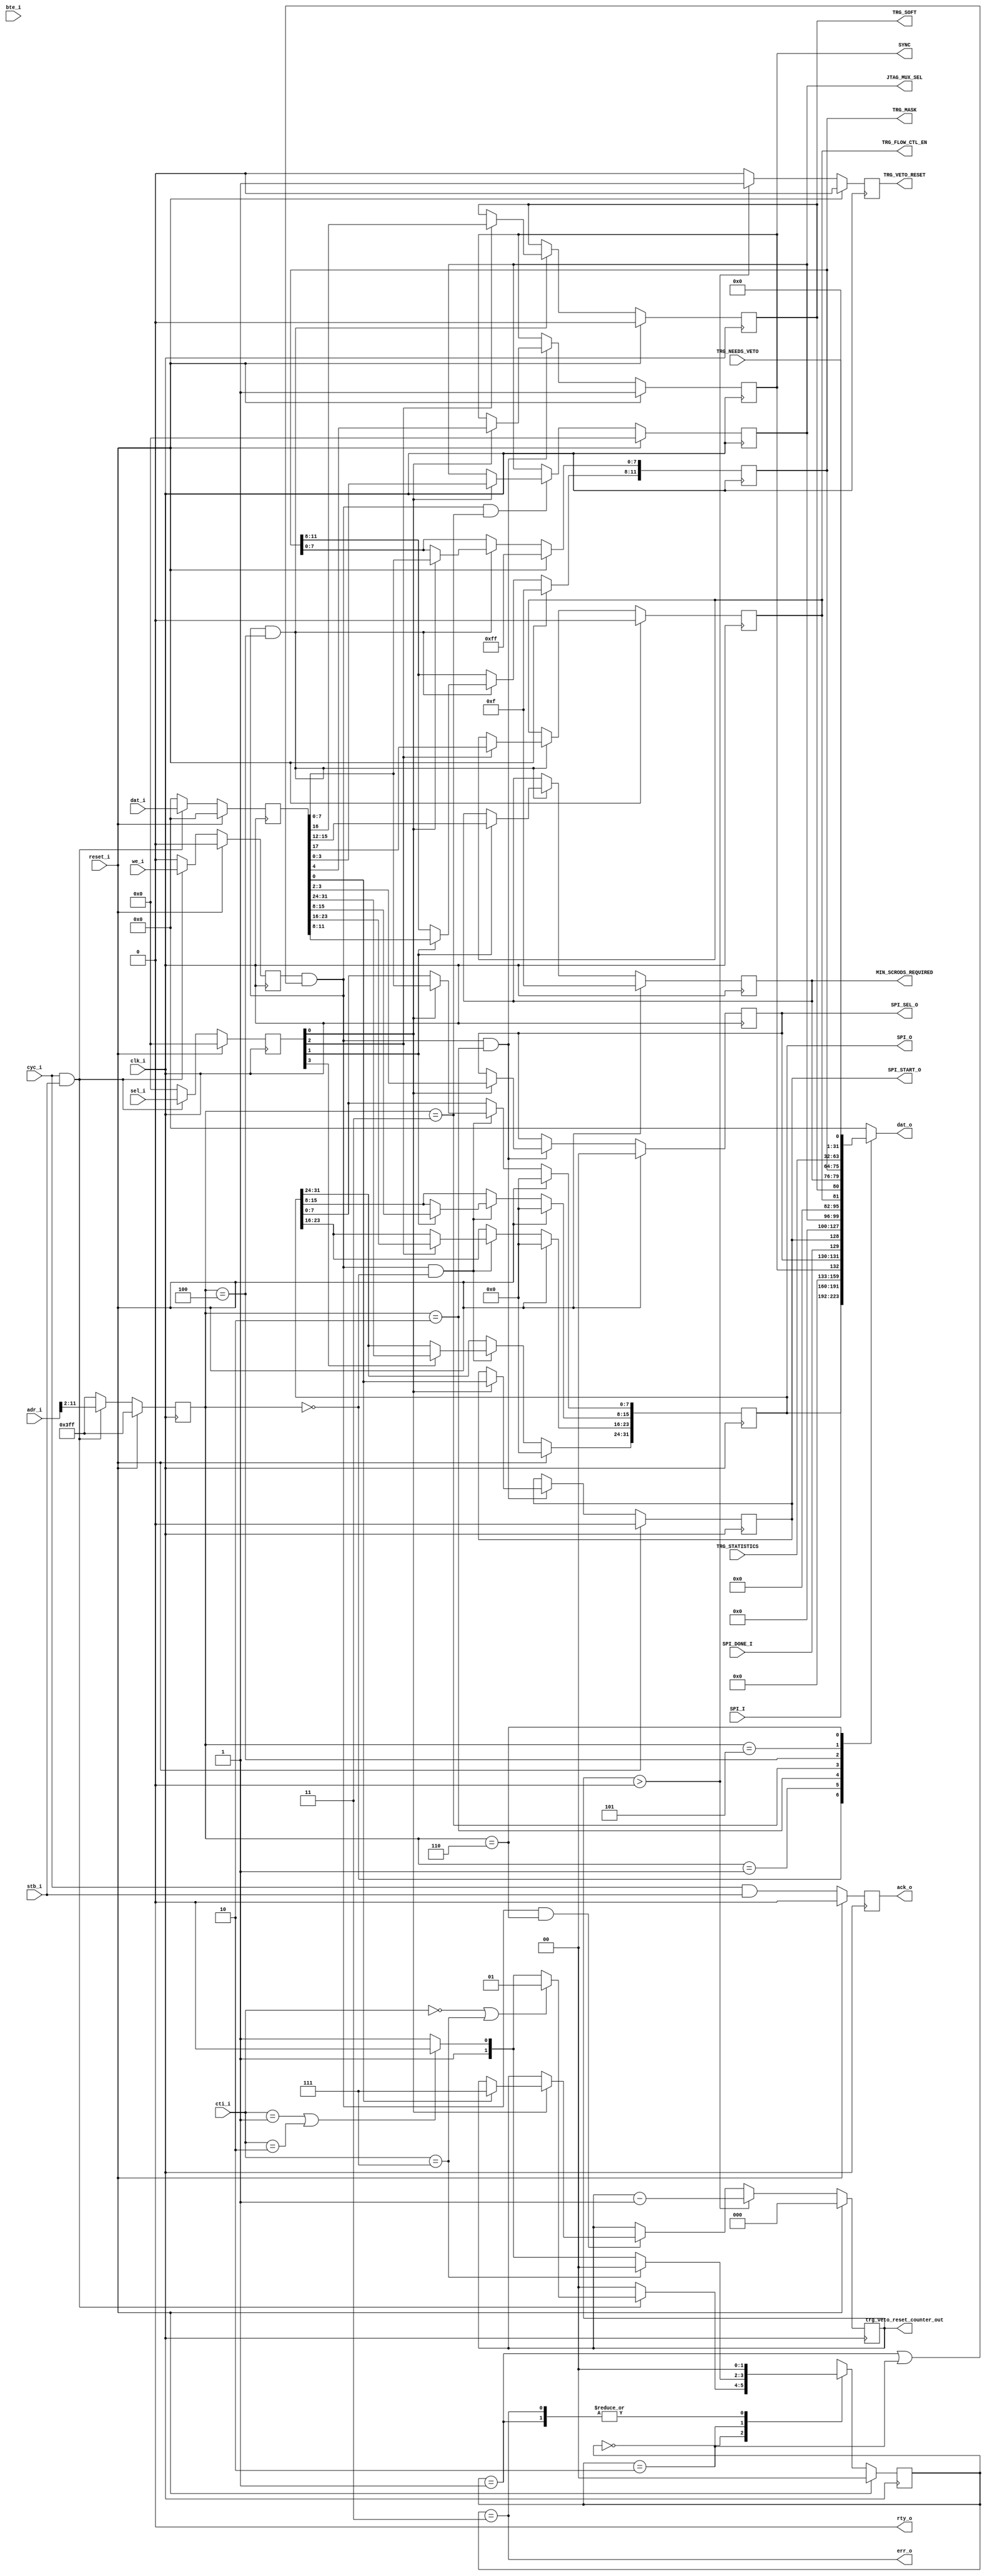
module WISHBONE_SLAVE(
	input clk_i,
	input reset_i,
	//wb master interface
	input cyc_i,
	input stb_i,
	output err_o,
	output rty_o,
	output ack_o,
	input [31:0] dat_i,
	output [31:0] dat_o,
	input [31:0] adr_i,
	input [2:0] cti_i,
	input [1:0] bte_i,
	input we_i,
	input[3:0] sel_i,
	//SPI_CTL
	input [31:0] SPI_I,
	output [31:0] SPI_O,
	input SPI_DONE_I,
	output SPI_START_O,
	output [1:0] SPI_SEL_O,
	
	//CLOCK sync
	output SYNC,
	
	//JTAG_MUX
	output [3:0] JTAG_MUX_SEL,
	
	//TRIG
	output [11:0] TRG_MASK,
	output [3:0] MIN_SCRODS_REQUIRED,
	input [31:0] TRG_STATISTICS,
	output TRG_SOFT,
	
	//Trigger veto
	input TRG_NEEDS_VETO,
	output TRG_FLOW_CTL_EN,
	output TRG_VETO_RESET,
//	output [19:0] trg_veto_reset_counter_out
	output [2:0] trg_veto_reset_counter_out
);

`define RECEIVER_FSM_BITS 2
reg [`RECEIVER_FSM_BITS-1:0] state;
parameter IDLE=`RECEIVER_FSM_BITS'h0,
REQ_SINGLE_RECEIVED=`RECEIVER_FSM_BITS'h1,
REQ_BURST_RECEIVED=`RECEIVER_FSM_BITS'h2,
REQ_ERROR=`RECEIVER_FSM_BITS'h3;

reg ack_reg;
reg [31:0] dat_o_reg;
reg [31:0] dat_i_reg;
reg [9:0] adr_i_reg;
reg [2:0] cti_i_reg;
reg [1:0] bte_i_reg;
reg we_i_reg;
reg [3:0] sel_i_reg;
assign dat_o=dat_o_reg;
assign ack_o=ack_reg;
assign err_o=(state==REQ_ERROR);
assign rty_o=1'b0;


//PCI registers
//SPI
reg [31:0] spi_o_reg;
reg spi_start;
reg [1:0] spi_sel_reg;

assign SPI_O=spi_o_reg;
assign SPI_SEL_O = spi_sel_reg;
assign SPI_START_O = spi_start;

//SYNC
reg sync_reg;
assign SYNC = sync_reg; 

//JTAG
reg [3:0] jtag_mux_reg;

assign JTAG_MUX_SEL = jtag_mux_reg;


//TRG and ACK

reg [11:0] trg_mask_reg;
assign TRG_MASK = trg_mask_reg;

reg [3:0] min_scrod_required_reg;
assign MIN_SCRODS_REQUIRED = min_scrod_required_reg;

reg trg_soft_reg;
assign TRG_SOFT = trg_soft_reg;

initial begin
	trg_mask_reg = 'hFFF;
	min_scrod_required_reg = 15;
	trg_soft_reg = 0;
end


//veto 
reg trg_flow_ctl_en_reg;
assign TRG_FLOW_CTL_EN = trg_flow_ctl_en_reg;
reg trg_veto_reset_reg;
assign TRG_VETO_RESET = trg_veto_reset_reg;

reg [2:0] trg_veto_reset_counter;
//reg [19:0] trg_veto_reset_counter; //LM: this is now doing double duty to wait for ~10ms before realeasing the veto. max count=2^20*1000/66 ns= ~15.88ms
											  //10ms are 660,000 counts.

initial begin
	trg_flow_ctl_en_reg = 0;
	trg_veto_reset_reg = 0;
	trg_veto_reset_counter = 0;
end

always@(posedge clk_i) begin
	if(reset_i)
		state<=IDLE;
	else begin
		case(state)
			IDLE: begin
			if(cyc_i==1'b1 && stb_i==1'b1) begin
				if(cti_i==3'b000 || cti_i==3'b111) state<=REQ_SINGLE_RECEIVED;
				else if(cti_i==3'b001 || cti_i==3'b010) state<=REQ_BURST_RECEIVED;
				else state<=REQ_ERROR;
			end else state<=IDLE;
			end
			REQ_SINGLE_RECEIVED: state<=IDLE;
			REQ_BURST_RECEIVED: begin
				if(cti_i==3'b111) state<=IDLE;
				else if(cti_i==3'b001 || cti_i==3'b010) state<=REQ_BURST_RECEIVED;
				else state<=REQ_ERROR;
			end
			REQ_ERROR: state<=IDLE;
		endcase
	end
end

always@(posedge clk_i) begin
	if(reset_i) begin
		dat_i_reg<=32'b0;
		adr_i_reg<={10{1'b1}};
		cti_i_reg<=3'b0;
		bte_i_reg<=2'b0;
		we_i_reg<=1'b0;
		sel_i_reg<=4'b0;
	end else if(cyc_i==1'b1 && stb_i==1'b1)begin
		dat_i_reg<=dat_i;
		adr_i_reg<={adr_i[11:2]};
		cti_i_reg<=cti_i;
		bte_i_reg<=bte_i;
		we_i_reg<=we_i;
		sel_i_reg<=sel_i;
	end else begin
		dat_i_reg<=32'b0;
		adr_i_reg<={10{1'b1}};
		cti_i_reg<=3'b0;
		bte_i_reg<=2'b0;
		we_i_reg<=1'b0;
		sel_i_reg<=4'b0;
	end
end

always@(posedge clk_i) begin
	if(reset_i)
		ack_reg<=1'b0;
	else
		ack_reg<=(cyc_i & stb_i);
end

always@(*) begin
	case(adr_i_reg)
	10'd0: dat_o_reg <= spi_o_reg; //SPI_data_to_be_writen.
	10'd1: dat_o_reg <= SPI_I; //SPI data reg from the device
	10'd2: dat_o_reg <= {sync_reg, spi_sel_reg, SPI_DONE_I,spi_start}; //SPI_control_register.
	10'd3: dat_o_reg <= {jtag_mux_reg};	//JTAG MUX
	10'd4: dat_o_reg <= {trg_flow_ctl_en_reg, trg_soft_reg, min_scrod_required_reg, trg_mask_reg};  //soft trigger, min scrods required for trigger, scrod mask.
	10'd5: dat_o_reg <= {TRG_STATISTICS};	//number of triggers since reset
	10'd6: dat_o_reg <= {31'b0,TRG_NEEDS_VETO};	//number of triggers since reset
	default: dat_o_reg <= 32'b0;
	endcase
end


always@(posedge clk_i) begin
	if(reset_i)
		spi_o_reg<=32'b0;
	else if(we_i_reg==1'b1 && (state==REQ_SINGLE_RECEIVED || state==REQ_BURST_RECEIVED) && adr_i_reg==10'd0) begin
	if(sel_i_reg[0]==1'b1) spi_o_reg[7:0]<=dat_i_reg[7:0];
	else spi_o_reg[7:0]<= spi_o_reg[7:0];

	if(sel_i_reg[1]==1'b1) spi_o_reg[15:8]<=dat_i_reg[15:8];
	else spi_o_reg[15:8]<= spi_o_reg[15:8];

	if(sel_i_reg[2]==1'b1) spi_o_reg[23:16]<=dat_i_reg[23:16];
	else spi_o_reg[23:16]<= spi_o_reg[23:16];

	if(sel_i_reg[3]==1'b1) spi_o_reg[31:24]<=dat_i_reg[31:24];
	else spi_o_reg[31:24]<= spi_o_reg[31:24];
	end else
	spi_o_reg<= spi_o_reg;
end

always@(posedge clk_i) begin
	if(reset_i)
	begin
		spi_sel_reg <= 2'b0;
		spi_start <= 2'b0;
		sync_reg <= 1;
	end
	else if(we_i_reg==1'b1 && (state==REQ_SINGLE_RECEIVED || state==REQ_BURST_RECEIVED) && adr_i_reg==10'd2) begin
		if(sel_i_reg[0]==1'b1) begin
			spi_start <= dat_i_reg[0];
			spi_sel_reg <=dat_i_reg[3:2];
			sync_reg <= dat_i_reg[4];
		end
		else begin
			spi_start <= spi_start;
			spi_sel_reg <= spi_sel_reg;
			sync_reg <= sync_reg;
		end
	end
	else begin
		spi_start <= spi_start;
		spi_sel_reg <= spi_sel_reg;
		sync_reg <= sync_reg;
	end
end

always@(posedge clk_i) begin
	if(reset_i)
	begin
		jtag_mux_reg <= 0;
	end
	else if(we_i_reg==1'b1 && (state==REQ_SINGLE_RECEIVED || state==REQ_BURST_RECEIVED) && adr_i_reg==10'd3) begin
		if(sel_i_reg[0]==1'b1) begin
			jtag_mux_reg <= dat_i_reg[3:0];
		end
		else 
		begin
			jtag_mux_reg <= jtag_mux_reg;
		end
	end
	else begin
		jtag_mux_reg <= jtag_mux_reg;
	end
end

always@(posedge clk_i) begin
	if(reset_i) begin
		trg_mask_reg <= 'hFFF;
		min_scrod_required_reg <= 15;
		trg_soft_reg <= 0;
		trg_flow_ctl_en_reg <= 0;
	end
	else if(we_i_reg==1'b1 && (state==REQ_SINGLE_RECEIVED || state==REQ_BURST_RECEIVED) && adr_i_reg==10'd4) begin
		if(sel_i_reg[0]==1'b1) 
			trg_mask_reg[7:0] <= dat_i_reg[7:0];
		else 
			trg_mask_reg[7:0] <= trg_mask_reg[7:0];

		if(sel_i_reg[1]==1'b1) begin 
			trg_mask_reg[11:8] <= dat_i_reg[11:8];
			min_scrod_required_reg[3:0] <= dat_i_reg[15:12];
		end
		else begin
			trg_mask_reg[11:8] <= trg_mask_reg[11:8];
			min_scrod_required_reg[3:0] <= min_scrod_required_reg[3:0];
		end
		
		if(sel_i_reg[2]==1'b1) begin
			trg_soft_reg<=dat_i_reg[16];
			trg_flow_ctl_en_reg<=dat_i_reg[17];
		end
		else begin		
			trg_soft_reg<= trg_soft_reg;
			trg_flow_ctl_en_reg<=trg_flow_ctl_en_reg;
		end
	end else begin
		trg_mask_reg <= trg_mask_reg;
		min_scrod_required_reg <= min_scrod_required_reg;
		trg_soft_reg <= trg_soft_reg;
		trg_flow_ctl_en_reg<=trg_flow_ctl_en_reg;
	end
end

//always@(posedge clk_i) begin //LM original
//	if(reset_i) begin
//		trg_veto_reset_counter <= 0;
//		trg_veto_reset_reg <= 0;
//	end
//	else begin
//		if(we_i_reg==1'b1 && (state==REQ_SINGLE_RECEIVED || state==REQ_BURST_RECEIVED) && adr_i_reg==10'd6)
//			if(sel_i_reg[0]==1'b1) 
//				if(dat_i_reg[0] == 1) begin
//					trg_veto_reset_reg <= 1;
//					trg_veto_reset_counter <= 7;
//				end
//		if(trg_veto_reset_counter > 0) begin
//			trg_veto_reset_counter <= trg_veto_reset_counter - 1;
//			trg_veto_reset_reg <= 1;
//		end
//		else 
//			trg_veto_reset_reg <= 0;
//	end
//end

//always@(posedge clk_i) begin //LM adds wait time from the burst received - it should also accumulate other bursts coming in while waiting
//	if(reset_i) begin
//		trg_veto_reset_counter <= 0;
//		trg_veto_reset_reg <= 0;
//	end
//	else begin
//		if(we_i_reg==1'b1 && (state==REQ_SINGLE_RECEIVED || state==REQ_BURST_RECEIVED) && adr_i_reg==10'd6)
//			if(sel_i_reg[0]==1'b1) 
//				if(dat_i_reg[0] == 1) begin
//					trg_veto_reset_reg <= 0;
//					trg_veto_reset_counter <= 660000;
//				end
//		else if(trg_veto_reset_counter > 7) begin
//			trg_veto_reset_counter <= trg_veto_reset_counter - 1;
//			trg_veto_reset_reg <= 0;
//		end
//		else if(trg_veto_reset_counter > 0) begin
//			trg_veto_reset_counter <= trg_veto_reset_counter - 1;
//			trg_veto_reset_reg <= 1;
//		end
//		else 
//			trg_veto_reset_reg <= 0;
//	end
//end

always@(posedge clk_i) begin //Serge original
	if(reset_i) begin
		trg_veto_reset_counter <= 0;
		trg_veto_reset_reg <= 0;
	end
	else begin
		if(we_i_reg==1'b1 && (state==REQ_SINGLE_RECEIVED || state==REQ_BURST_RECEIVED) && adr_i_reg==10'd6)
			if(sel_i_reg[0]==1'b1) 
				if(dat_i_reg[0] == 1) begin
					trg_veto_reset_reg <= 1;
					trg_veto_reset_counter <= 7;
				end
		if(trg_veto_reset_counter > 0) begin
			trg_veto_reset_counter <= trg_veto_reset_counter - 1;
			trg_veto_reset_reg <= 1;
		end
		else 
			trg_veto_reset_reg <= 0;
	end
end

 
assign trg_veto_reset_counter_out = trg_veto_reset_counter;
endmodule